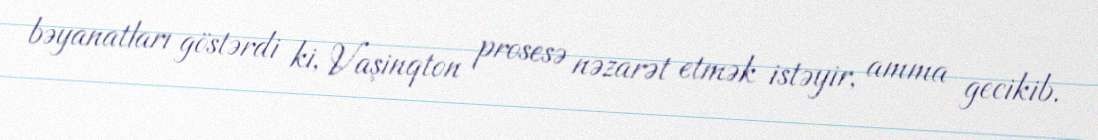
bəyanatları göstərdi ki, Vaşinqton prosesə nəzarət etmək istəyir, amma gecikib.